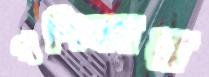
গণিকার